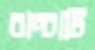
বাচ্চাটি